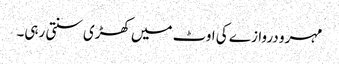
مہرو دروازے کی اوٹ میں کھڑی سنتی رہی۔